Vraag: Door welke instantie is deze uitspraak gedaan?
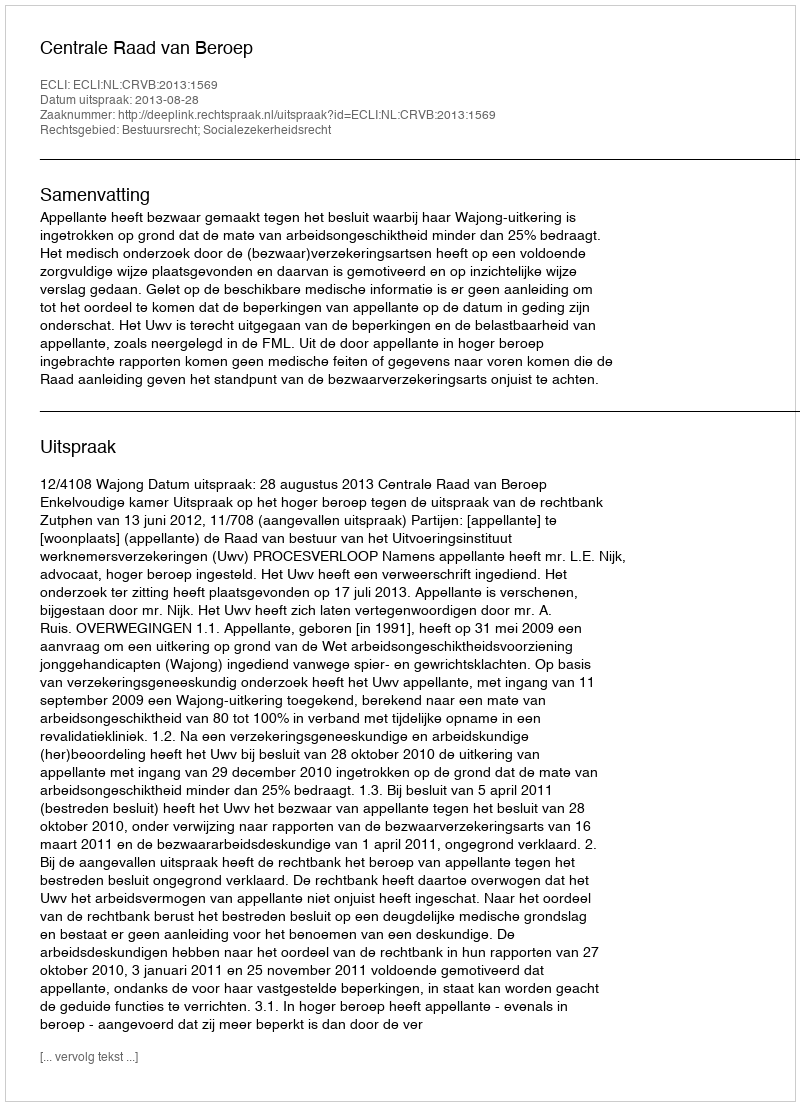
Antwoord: Centrale Raad van Beroep